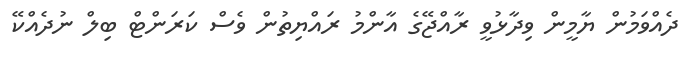
ދެއްވަމުން ޔާމީން ވިދާޅުވީ ރާއްޖޭގެ އާންމު ރައްޔިތުން ވެސް ކަރަންޓް ބިލް ނުދެއްކޭ